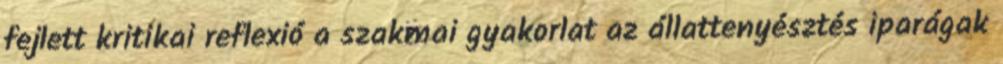
fejlett kritikai reflexió a szakmai gyakorlat az állattenyésztés iparágak